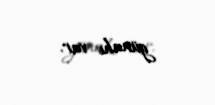
günahı var.